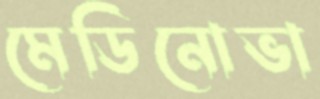
মেডিনোভা